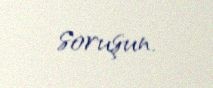
soruşun.